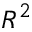
R ^ { 2 }